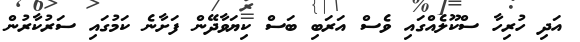
އަދި ހުރިހާ ސްކޫލެއްގައި ވެސް އަރަބި ބަސް ކިޔަވާދޭން ފަށާނެ ކަމުގައި ސަރުކާރުން